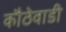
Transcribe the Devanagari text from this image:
कौठेवाडी